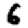
Digit: 6